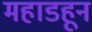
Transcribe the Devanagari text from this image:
महाडहून